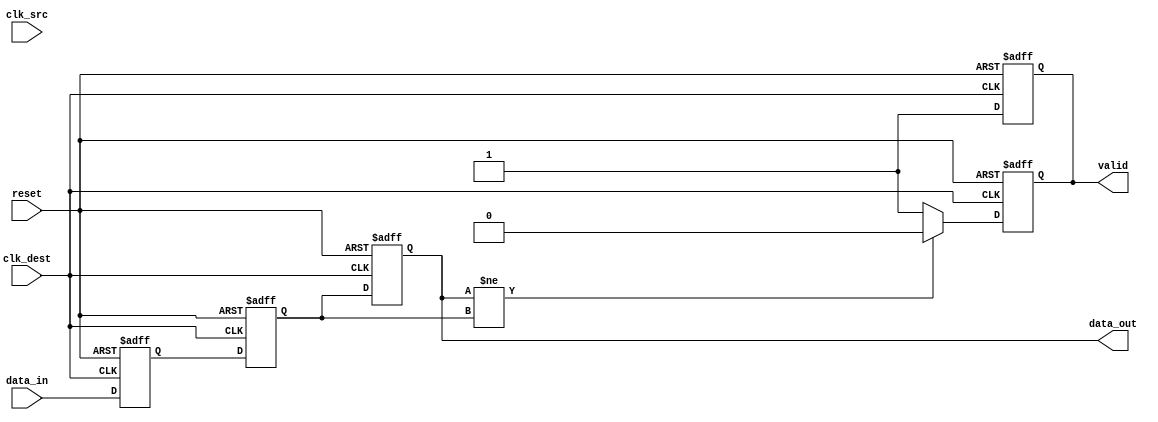
module MemoryBlocksPipelineSynchronizer #(
    parameter DATA_WIDTH = 8  // Parameter for data width
)(
    input  wire                  clk_src,      // Source clock
    input  wire                  clk_dest,     // Destination clock
    input  wire                  reset,        // Asynchronous reset
    input  wire [DATA_WIDTH-1:0] data_in,      // Input data
    output reg  [DATA_WIDTH-1:0] data_out,     // Synchronized output data
    output reg                  valid          // Output valid signal
);

    // Internal registers for pipeline stages
    reg [DATA_WIDTH-1:0] pipeline_stage1;
    reg [DATA_WIDTH-1:0] pipeline_stage2;
    
    // Reset and synchronize input data on the destination clock
    always @(posedge clk_dest or posedge reset) begin
        if (reset) begin
            pipeline_stage1 <= 0;
            pipeline_stage2 <= 0;
            data_out <= 0;
            valid <= 0;
        end else begin
            // First stage: Capture data from source clock domain
            pipeline_stage1 <= data_in;  // This line should be in the clk_src domain
            // Second stage: Capture data from the first stage
            pipeline_stage2 <= pipeline_stage1;
            // Output the synchronized data
            data_out <= pipeline_stage2;
            valid <= 1;  // Indicate that valid data is available
        end
    end

    // Optional: Reset valid signal when data changes
    always @(posedge clk_dest or posedge reset) begin
        if (reset) begin
            valid <= 0;
        end else begin
            // Optionally, reset valid signal on output change
            if (data_out != pipeline_stage2) begin
                valid <= 0;  // Data not valid until the next clock
            end else begin
                valid <= 1;  // Data is valid after synchronization
            end
        end
    end

endmodule